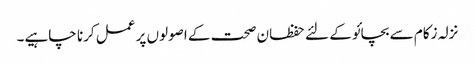
نزلہ زکام سے بچائو کے لئے حفظان صحت کے اصولوں پر عمل کرنا چاہیے۔